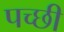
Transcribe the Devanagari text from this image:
पच्‍छी